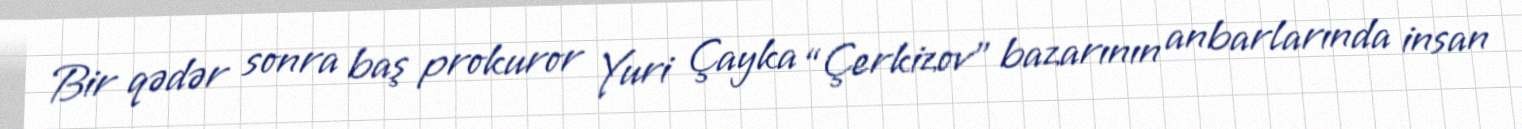
Bir qədər sonra baş prokuror Yuri Çayka “Çerkizov” bazarının anbarlarında insan